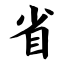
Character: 省